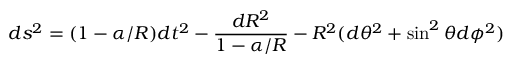
d s ^ { 2 } = ( 1 - \alpha / R ) d t ^ { 2 } - \frac { d R ^ { 2 } } { 1 - \alpha / R } - R ^ { 2 } ( d \theta ^ { 2 } + \sin ^ { 2 } \theta d \phi ^ { 2 } )